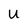
Character: U